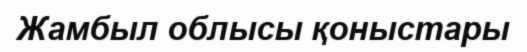
Жамбыл облысы қоныстары